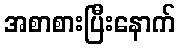
အစာစားပြီးနောက်